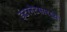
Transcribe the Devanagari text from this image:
इंटरनेटसारख्या